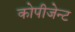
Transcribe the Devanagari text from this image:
कोपीजेन्ट